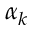
\alpha _ { k }